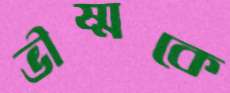
ভীষ্মকে